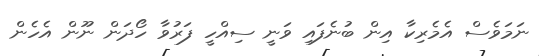
ނަމަވެސް އެމެރިކާ އިން ބުނެފައި ވަނީ ސިއްހީ ފަރުވާ ހޯދަން ނޫން އެހެން